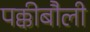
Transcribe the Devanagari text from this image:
पक्कीबौली